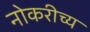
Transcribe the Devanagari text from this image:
नोकरीच्य